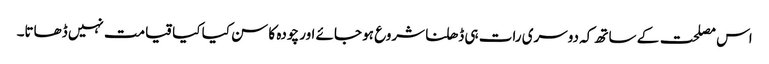
اس مصلحت کے ساتھ کہ دوسری رات ہی ڈھلنا شروع ہو جائے اور چودہ کا سن کیا کیا قیامت نہیں ڈھاتا۔